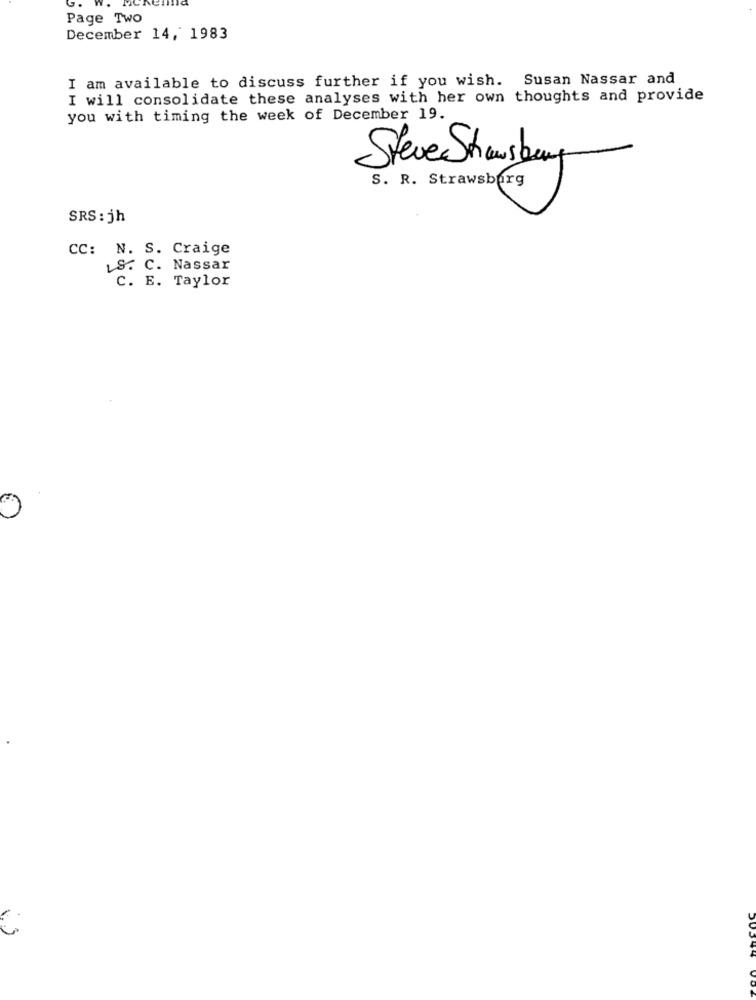
Page Two
December 14, 1983
I am available to discuss further if you wish. Susan Nassar and
I will consolidate these analyses with her own thoughts and provide
you with timing the week of December 19.
Steve Shrewsbury
S. R. Strawsburg
SRS : jh
CC: N. S. Craige
LS. C. Nassar
C. E. Taylor